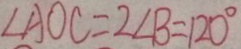
\angle A O C = 2 \angle B = 1 2 0 ^ { \circ }